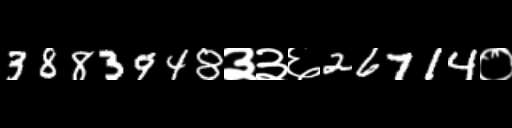
Text: 3883948३३६26714०